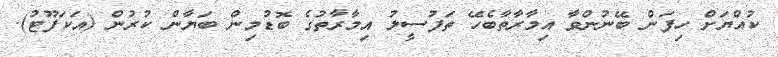
ކުއްޔަށް ހިފަން ބޭނުންވާ އިމާރާތާބެހޭ ތަފުސީލު އިމާރާތުގެ ބޮޑުމިން ބަޔާން ކުރުން (އަކަފޫޓު).